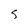
Character: S